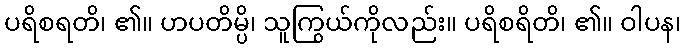
ပရိစရတိ၊ ၏။ ဟပတိမ္ပိ၊ သူကြွယ်ကိုလည်း။ ပရိစရိတိ၊ ၏။ ဝါပန၊